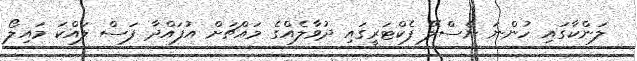
ލަންކާގައި ހުންނަ ނެސްލޭ ފެކްޓަރީގައި ދުވާލެއްގެ މައްޗަށް އުފައްދާ ފަސް ލައްކަ މައިލޯ